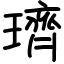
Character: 璾